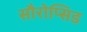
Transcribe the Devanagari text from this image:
सौरोप्सिड